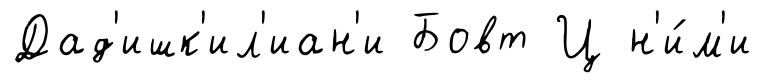
Дад'ишк'ил'иан'и Бовт Ц н'и́м'и